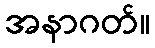
အနာဂတ်။